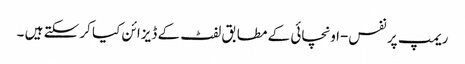
ریمپ پر نفس-اونچائی کے مطابق لفٹ کے ڈیزائن کیا کر سکتے ہیں ۔